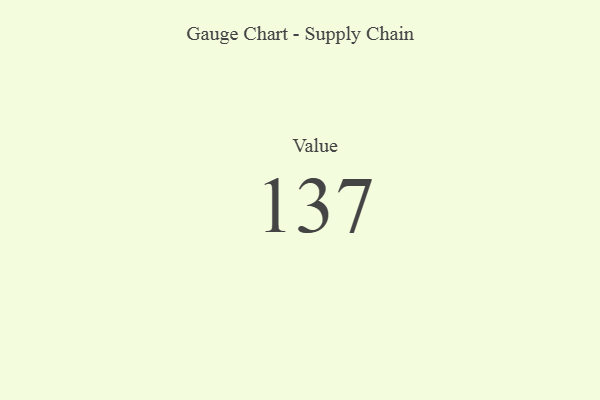
{"axis": {"x": "Metric", "y": "Value"}, "legend": [""], "data": [{"x": "Value", "y": 137, "type": ""}]}